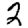
Digit: 2